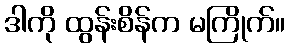
ဒါကို ထွန်းစိန်က မကြိုက်။